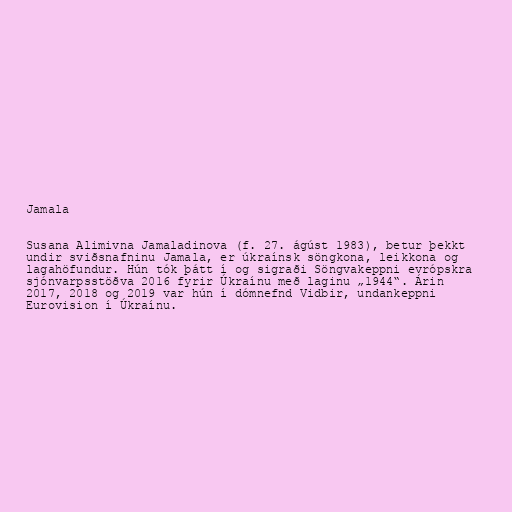
Jamala

Susana Alimivna Jamaladinova (f. 27. ágúst 1983), betur þekkt
undir sviðsnafninu Jamala, er úkraínsk söngkona, leikkona og
lagahöfundur. Hún tók þátt í og sigraði Söngvakeppni evrópskra
sjónvarpsstöðva 2016 fyrir Úkraínu með laginu „1944“. Árin
2017, 2018 og 2019 var hún í dómnefnd Vidbir, undankeppni
Eurovision í Úkraínu.